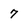
Character: 7